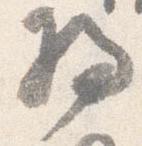
将